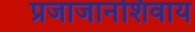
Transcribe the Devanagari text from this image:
प्रजाजानंशिवाय